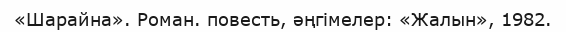
«Шарайна». Роман. повесть, әңгімелер: «Жалын», 1982.